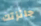
جائزتك